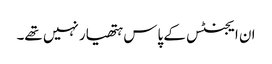
ان ایجنٹس کے پاس ہتھیار نہیں تھے۔